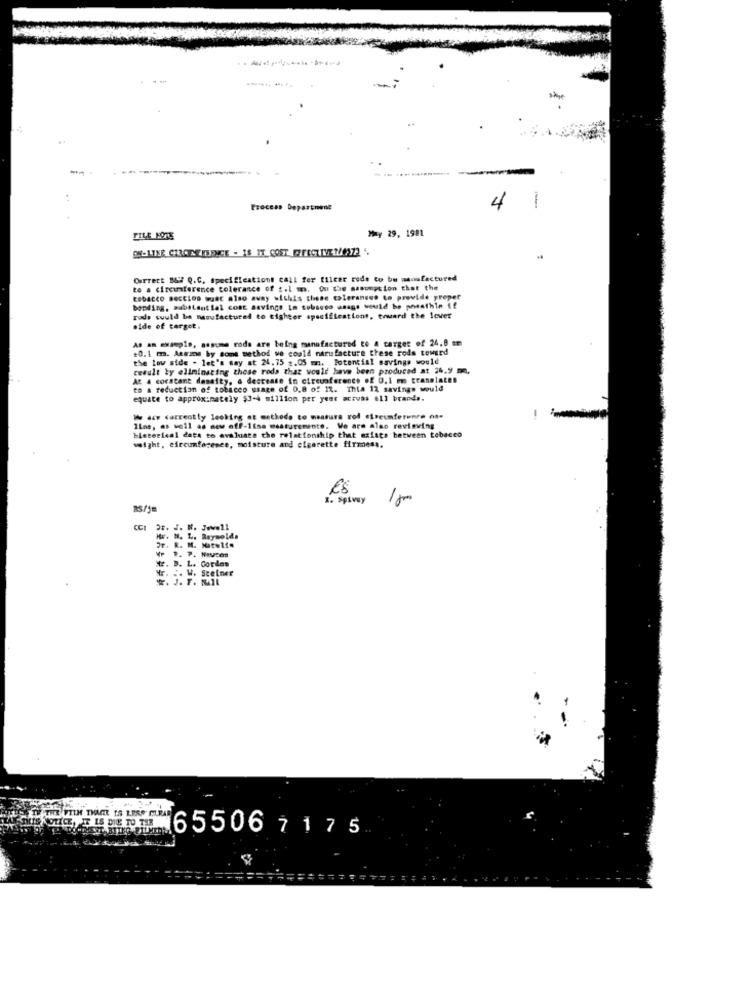
Process Department
4
1
M=y 29, 1981
FILE NOTL
Correct B&W Q.C. Specifications call fer tilcer rede to be manufactured
te a circumference tolerance of s.l m. On the assumption that the
tobacco section wust also away withis these tolerances to provide preper
bonding, substantial cost savings in tobacco asags would be posathin if
rods could be manufactured to tighter specifications, toward the lever
side of target.
As an example, assume roda are being manufactured to 4 target of 24.8
+0. 1 m. Assame by some method we could narufacture these rods toward
the low side . let's say at 24.75 2.05 mm, Potencial savings would
result by eliminating those rods that would have been produced at 24.9 mm.
At a coracant density, a decrease in circumference of 0.1 m translates
to a reduction of tobacco usage of 0.8 of 17. Thia 12 savings would
equate to approximately $3-4 million per year aczvas #17 brands.
da currently looking at methodo to measure rod etreumferente os-
ILne, as well as new off-1fse measuremente. We are also reviewing
historical data to evaluate the relationship that existe between tobacco
weight, circumference, moisture and cigarette firmess.
ES
I. Splusy
18
CCI
Dr. J. N. Jwwell
Hr. H. L. Reynolds
OF. R. N. Hotelf.
VP R. P. Houses
t. D. L. Cordas
Hr. .. W. Sceiner
w. J. F. MIL
THIS NOTICE, IT IS DIE TO TES
65506 7 175